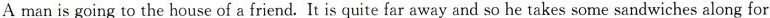
A man is going to the house of a friend. It is quite far away and so he takes some sandwiches along for